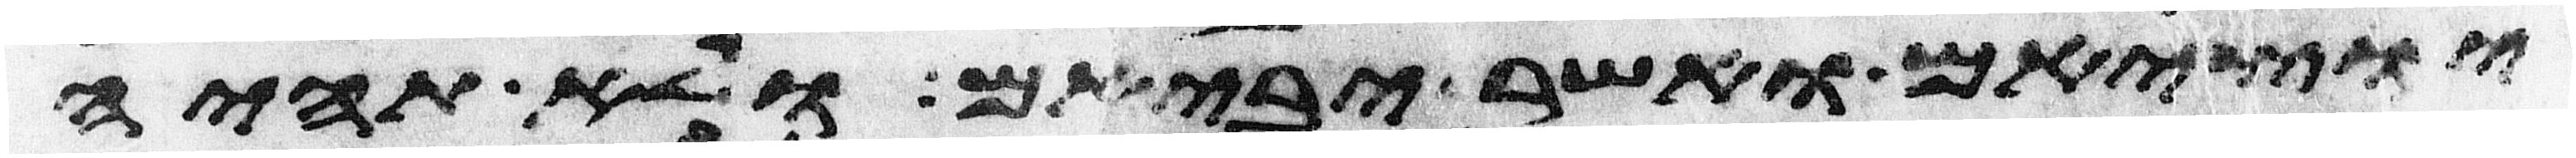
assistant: יוציאם ואשר יביאם ולא תהיה